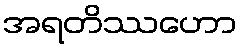
အရတိဿဟော